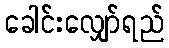
ခေါင်းလျှော်ရည်